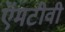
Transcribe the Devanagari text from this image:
ऍमटीवी